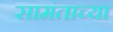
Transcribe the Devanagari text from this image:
सामंताच्या